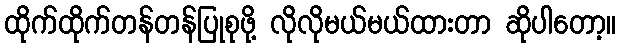
ထိုက်ထိုက်တန်တန်ပြုစုဖို့ လိုလိုမယ်မယ်ထားတာ ဆိုပါတော့။